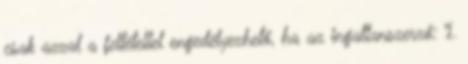
csak azzal a feltétellel engedélyezhető, ha az ingatlanszerző: 1.